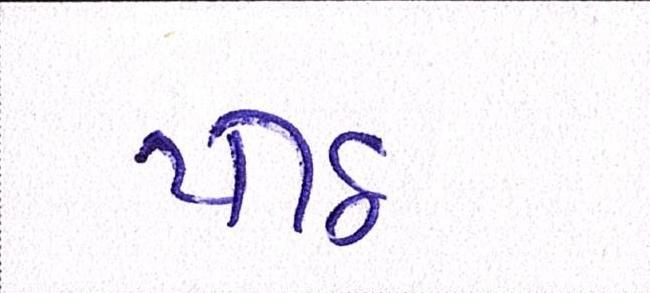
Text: પીઠ